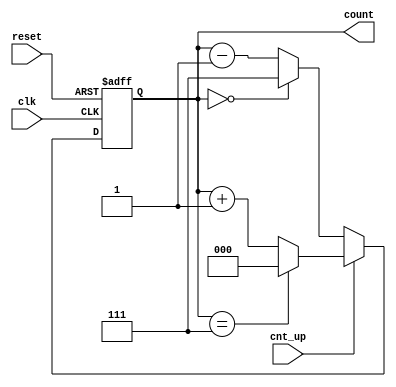
module up_down_counter (
    input wire clk,          // Clock input
    input wire cnt_up,      // Control signal for counting direction
    input wire reset,       // Asynchronous reset signal
    output reg [2:0] count  // 3-bit counter output (0 to 7)
);

// Asynchronous reset and counting logic
always @(posedge clk or posedge reset) begin
    if (reset) begin
        count <= 3'b000;   // Reset counter to 0
    end else begin
        if (cnt_up) begin
            count <= (count == 3'b111) ? 3'b000 : count + 1; // Increment count (wrap around to 0)
        end else begin
            count <= (count == 3'b000) ? 3'b111 : count - 1; // Decrement count (wrap around to 7)
        end
    end
end

endmodule